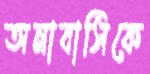
অনাবাসিকে